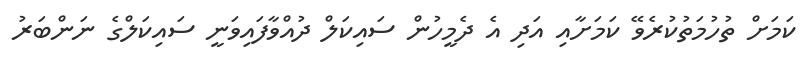
ކަމަށް ތުހުމަތުކުރެވޭ ކަމަށާއި އަދި އެ ދެމީހުން ސައިކަލް ދުއްވާފައިވަނީ ސައިކަލްގެ ނަންބަރު